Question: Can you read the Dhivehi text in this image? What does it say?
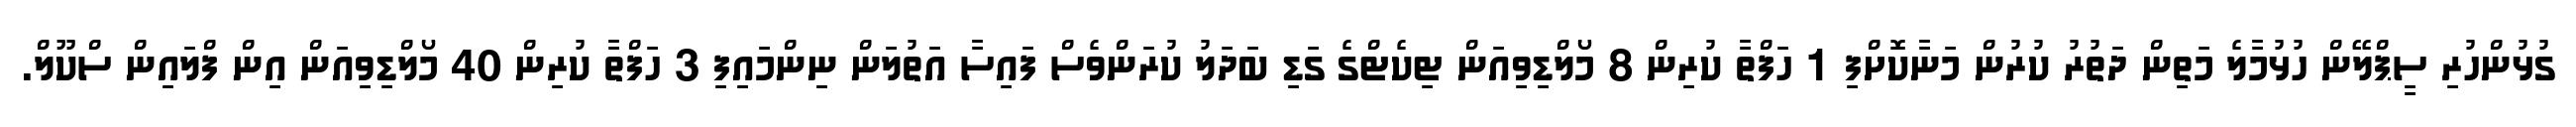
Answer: ގުޅުންހުރި ސީޕްލޭން ހުޅުމާލެ މަތިން ދަތުރު ކުރުން މަނާކޮށްފި 1 ހަފްތާ ކުރިން 8 މޯލްޑިވިއަން ޓިކެޓްގެ ގަޑި ބަދަލު ކުރަންވެސް ފައިސާ އަތުލަން ނިންމައިފި 3 ހަފްތާ ކުރިން 40 މޯލްޑިވިއަން އިން ފްލައިން ސްކޫލް.